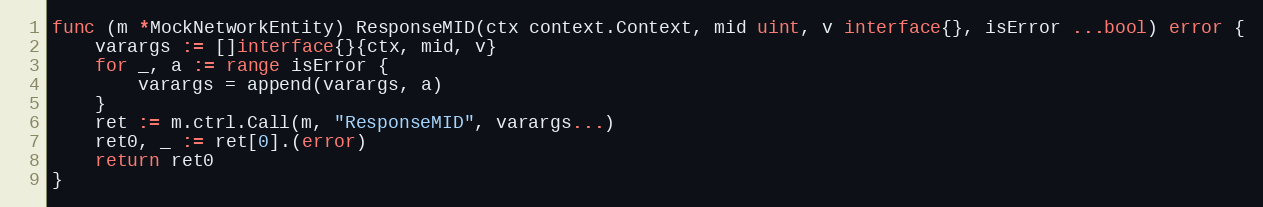
Language: Go
func (m *MockNetworkEntity) ResponseMID(ctx context.Context, mid uint, v interface{}, isError ...bool) error {
	varargs := []interface{}{ctx, mid, v}
	for _, a := range isError {
		varargs = append(varargs, a)
	}
	ret := m.ctrl.Call(m, "ResponseMID", varargs...)
	ret0, _ := ret[0].(error)
	return ret0
}